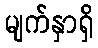
မျက်နှာရှိ